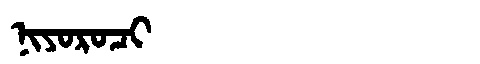
Manchu: ᠨᡳᠶᠣᡵᠣᠴᡳ
Romanization: NIYOROCI